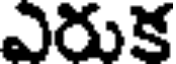
ఎరుక